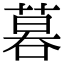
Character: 𠻚